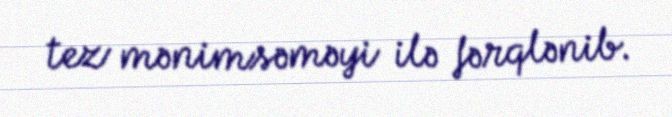
tez mənimsəməyi ilə fərqlənib.